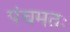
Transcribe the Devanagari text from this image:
पंचमतः